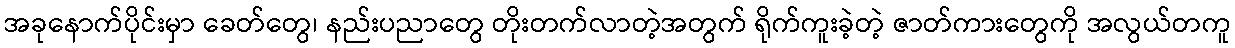
အခုနောက်ပိုင်းမှာ ခေတ်တွေ၊ နည်းပညာတွေ တိုးတက်လာတဲ့အတွက် ရိုက်ကူးခဲ့တဲ့ ဇာတ်ကားတွေကို အလွယ်တကူ